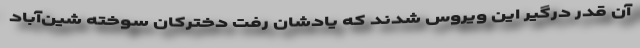
آن‌ قدر درگیر این ویروس شدند که یادشان رفت دخترکان سوخته شین‌آباد